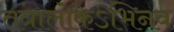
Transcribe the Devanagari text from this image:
तंत्रालोकेऽभिनव